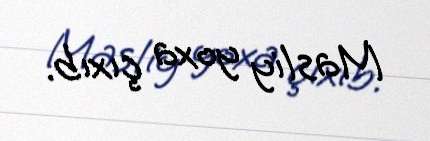
Masliy yoxa çıxıb.